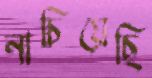
নাচিয়েছি